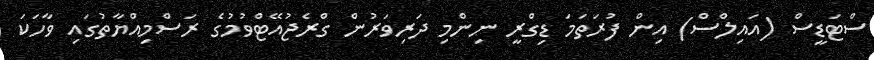
ސްޓަޑީސް (އައިލްސް) އިން ފުރަތަމަ ޑިގްރީ ނިންމި ދަރިވަރުން ގްރެޖުއޭޓްވުމުގެ ރަސްމިއްޔާތުގައި ވާހަކަ